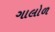
ગાલોળ